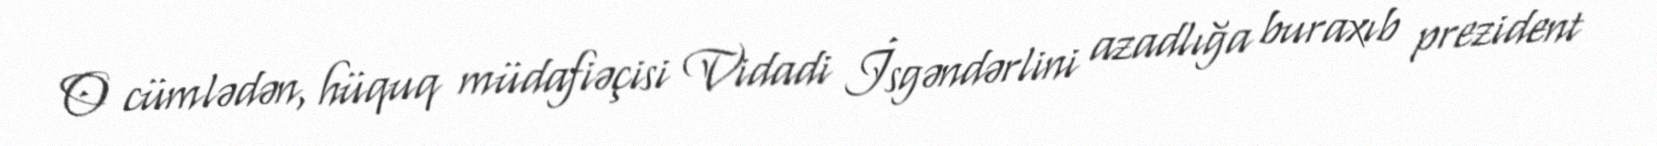
O cümlədən, hüquq müdafiəçisi Vidadi İsgəndərlini azadlığa buraxıb prezident